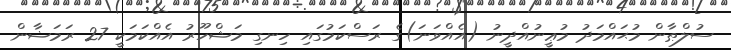
ސުލްޠާން މުޙައްމަދު މުޢީނުއްދީނު (އެއްވަނަ)ގެ ރަސްކަމުގައި ހިނގި މަޝްހޫރު އެއްކަމަކީ 27 ރަމަޟާން